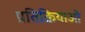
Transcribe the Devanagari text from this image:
प्रतिक्रियाओ